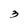
Character: 3